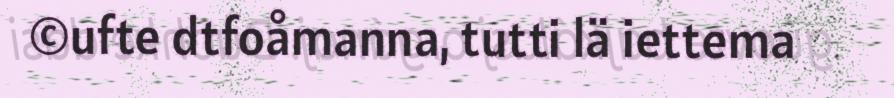
©ufte dtfoåmanna, tutti lä iettema